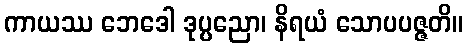
ကာယဿ ဘေဒေါ ဒုပ္ပညော၊ နိရယံ သောပပဇ္ဇတိ။